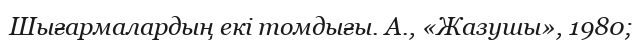
Шығармалардың екі томдығы. А., «Жазушы», 1980;